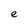
Character: e